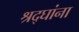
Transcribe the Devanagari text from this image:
श्रद्घांना